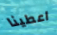
اعطينا